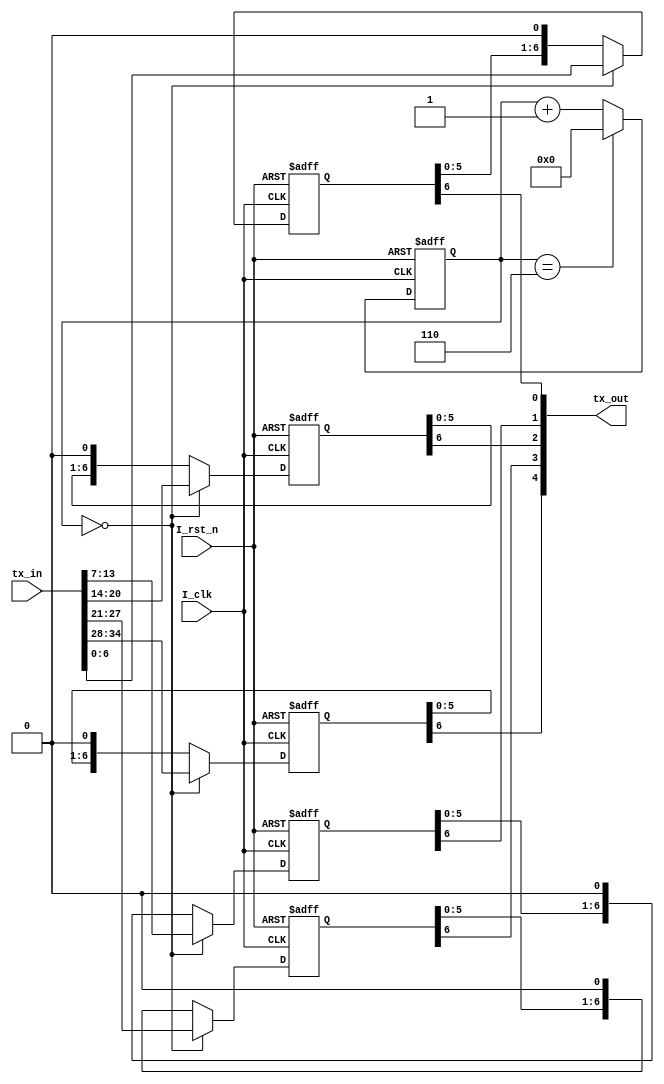
`timescale 1ns / 1ps
//////////////////////////////////////////////////////////////////////////////////
// Company: 
// Engineer: 
// 
// Design Name: 
// Module Name: camlink_tx
// Project Name: 
// Target Devices: 
// Tool Versions: 
// Description: 
// 
// Dependencies: 
// 
// Revision:
// Revision 0.01 - File Created
// Additional Comments:
// 
//////////////////////////////////////////////////////////////////////////////////
// camlink_tx(
	// I_clk,
	// I_clk_data,
	// I_rst_n,
	
	// tx_in,
	// tx_out
// );

// input I_clk;
// input I_clk_data;
// input I_rst_n;

// input [34:0] tx_in;
// output [4:0] tx_out;


// assign tx_out[4] = tx_p4 ^ tx_n4;
// assign tx_out[3] = tx_p3 ^ tx_n3;
// assign tx_out[2] = tx_p2 ^ tx_n2;
// assign tx_out[1] = tx_p1 ^ tx_n1;
// assign tx_out[0] = tx_p0 ^ tx_n0;

// reg [3:0] cnt_p;
// reg [3:0] cnt_n;

// reg tx_p0;
// reg tx_p1;
// reg tx_p2;
// reg tx_p3;
// reg tx_p4;
// reg tx_n0;
// reg tx_n1;
// reg tx_n2;
// reg tx_n3;
// reg tx_n4;

// reg [34:0] reg_txin;
// reg [34:0] reg_txin_p;
// reg [34:0] reg_txin_n;

// always@(posedge I_clk or negedge I_rst_n)begin
	// if(!I_rst_n) begin
		// cnt_p <= 4'd0;
	// end
	// else begin
		// if(cnt_p == 4'd6) cnt_p <= 4'd0;
		// else cnt_p <= cnt_p + 1;
	// end
// end

// always@(negedge I_clk or negedge I_rst_n)begin
	// if(!I_rst_n) begin
		// cnt_n <= 4'd0;
	// end
	// else begin
		// if(cnt_n == 4'd6) cnt_n <= 4'd0;
		// else cnt_n <= cnt_n + 1;
	// end
// end

// always@(posedge I_clk_data or negedge I_rst_n)begin
	// if(!I_rst_n) begin
		// reg_txin <= 35'd0;
	// end
	// else begin
		// reg_txin <= tx_in;
	// end
// end

// always@(posedge I_clk or negedge I_rst_n)begin
	// if(!I_rst_n) begin
		// tx_p4 <= 1'b0;
		// tx_p3 <= 1'b0;
		// tx_p2 <= 1'b0;
		// tx_p1 <= 1'b0;
		// tx_p0 <= 1'b0;
		// reg_txin_n <= 35'd0;
	// end
	// else begin
		// case(cnt_p)
			// 0:begin
				// tx_p4<= reg_txin_p[34] ^ tx_n4;
				// tx_p3 <= reg_txin_p[27] ^ tx_n3;
				// tx_p2 <= reg_txin_p[20] ^ tx_n2;
				// tx_p1 <= reg_txin_p[13] ^ tx_n1;
				// tx_p0 <= reg_txin_p[6] ^ tx_n0;
			// end
			// 1:begin
				// tx_p4<= reg_txin_p[32] ^ tx_n4;
				// tx_p3 <= reg_txin_p[25] ^ tx_n3;
				// tx_p2 <= reg_txin_p[18] ^ tx_n2;
				// tx_p1 <= reg_txin_p[11] ^ tx_n1;
				// tx_p0 <= reg_txin_p[4] ^ tx_n0;
				// reg_txin_n <= reg_txin;
			// end
			// 2:begin
				// tx_p4<= reg_txin_p[30] ^ tx_n4;
				// tx_p3 <= reg_txin_p[23] ^ tx_n3;
				// tx_p2 <= reg_txin_p[16] ^ tx_n2;
				// tx_p1 <= reg_txin_p[9] ^ tx_n1;
				// tx_p0 <= reg_txin_p[2] ^ tx_n0;
			// end
			// 3:begin
				// tx_p4<= reg_txin_p[28] ^ tx_n4;
				// tx_p3 <= reg_txin_p[21] ^ tx_n3;
				// tx_p2 <= reg_txin_p[14] ^ tx_n2;
				// tx_p1 <= reg_txin_p[7] ^ tx_n1;
				// tx_p0 <= reg_txin_p[0] ^ tx_n0;
				
			// end
			// 4:begin
				// tx_p4<= reg_txin_n[33] ^ tx_n4;
				// tx_p3 <= reg_txin_n[26] ^ tx_n3;
				// tx_p2 <= reg_txin_n[19] ^ tx_n2;
				// tx_p1 <= reg_txin_n[12] ^ tx_n1;
				// tx_p0 <= reg_txin_n[5] ^ tx_n0;
			// end
			// 5:begin
				// tx_p4<= reg_txin_n[31] ^ tx_n4;
				// tx_p3 <= reg_txin_n[24] ^ tx_n3;
				// tx_p2 <= reg_txin_n[17] ^ tx_n2;
				// tx_p1 <= reg_txin_n[10] ^ tx_n1;
				// tx_p0 <= reg_txin_n[3] ^ tx_n0;
			// end
			// 6:begin
				// tx_p4<= reg_txin_n[29] ^ tx_n4;
				// tx_p3 <= reg_txin_n[22] ^ tx_n3;
				// tx_p2 <= reg_txin_n[15] ^ tx_n2;
				// tx_p1 <= reg_txin_n[8] ^ tx_n1;
				// tx_p0 <= reg_txin_n[1] ^ tx_n0;
			// end
			// default:;
		// endcase
	// end
// end

// always@(negedge I_clk or negedge I_rst_n)begin
	// if(!I_rst_n) begin
		// tx_n4 <= 1'b0;
		// tx_n3 <= 1'b0;
		// tx_n2 <= 1'b0;
		// tx_n1 <= 1'b0;
		// tx_n0 <= 1'b0;
		// reg_txin_p <= 35'd0;
	// end
	// else begin
		// case(cnt_n)
			// 0:begin
				// tx_n4<= reg_txin_p[33] ^ tx_p4;
				// tx_n3 <= reg_txin_p[26] ^ tx_p3;
				// tx_n2 <= reg_txin_p[19] ^ tx_p2;
				// tx_n1 <= reg_txin_p[12] ^ tx_p1;
				// tx_n0 <= reg_txin_p[5] ^ tx_p0;
			// end
			// 1:begin
				// tx_n4<= reg_txin_p[31] ^ tx_p4;
				// tx_n3 <= reg_txin_p[24] ^ tx_p3;
				// tx_n2 <= reg_txin_p[17] ^ tx_p2;
				// tx_n1 <= reg_txin_p[10] ^ tx_p1;
				// tx_n0 <= reg_txin_p[3] ^ tx_p0;
			// end
			// 2:begin
				// tx_n4<= reg_txin_p[29] ^ tx_p4;
				// tx_n3 <= reg_txin_p[22] ^ tx_p3;
				// tx_n2 <= reg_txin_p[15] ^ tx_p2;
				// tx_n1 <= reg_txin_p[8] ^ tx_p1;
				// tx_n0 <= reg_txin_p[1] ^ tx_p0;
			// end
			// 3:begin
				// tx_n4<= reg_txin_n[34] ^ tx_p4;
				// tx_n3 <= reg_txin_n[27] ^ tx_p3;
				// tx_n2 <= reg_txin_n[20] ^ tx_p2;
				// tx_n1 <= reg_txin_n[13] ^ tx_p1;
				// tx_n0 <= reg_txin_n[6] ^ tx_p0;
			// end
			// 4:begin
				// tx_n4<= reg_txin_n[32] ^ tx_p4;
				// tx_n3 <= reg_txin_n[25] ^ tx_p3;
				// tx_n2 <= reg_txin_n[18] ^ tx_p2;
				// tx_n1 <= reg_txin_n[11] ^ tx_p1;
				// tx_n0 <= reg_txin_n[4] ^ tx_p0;
				// reg_txin_p <= reg_txin;
			// end
			// 5:begin
				// tx_n4<= reg_txin_n[30] ^ tx_p4;
				// tx_n3 <= reg_txin_n[23] ^ tx_p3;
				// tx_n2 <= reg_txin_n[16] ^ tx_p2;
				// tx_n1 <= reg_txin_n[9] ^ tx_p1;
				// tx_n0 <= reg_txin_n[2] ^ tx_p0;
			// end
			// 6:begin
				// tx_n4<= reg_txin_n[28] ^ tx_p4;
				// tx_n3 <= reg_txin_n[21] ^ tx_p3;
				// tx_n2 <= reg_txin_n[14] ^ tx_p2;
				// tx_n1 <= reg_txin_n[7] ^ tx_p1;
				// tx_n0 <= reg_txin_n[0] ^ tx_p0;
			// end
			// default:;
		// endcase
	// end
// end

// endmodule






//---------------------------------------------------------------------
//---------------------------------------------------------------------
//---------------------------------------------------------------------

module camlink_tx(
	I_clk,
	I_rst_n,
	
	tx_in,
	tx_out
);

input I_clk;
input I_rst_n;

input [34:0] tx_in;
output [4:0] tx_out;

reg [3:0] cnt;
reg [6:0] reg_data0;
reg [6:0] reg_data1;
reg [6:0] reg_data2;
reg [6:0] reg_data3;
reg [6:0] reg_clk;

always@(posedge I_clk or negedge I_rst_n)begin
	if(!I_rst_n) begin
		cnt <= 4'd0;
	end
	else begin
		if(cnt == 4'd6) cnt <= 4'd0;
		else cnt <= cnt + 1;
	end
end

always@(posedge I_clk or negedge I_rst_n)begin
	if(!I_rst_n) begin
		reg_data3 <= 7'd0;
		reg_data2 <= 7'd0;
		reg_data1 <= 7'd0;
		reg_data0 <= 7'd0;
		reg_clk <= 7'd0;
	end
	else begin
		case(cnt)
			0:begin
				reg_data3 <= tx_in[34:28];
				reg_data2 <= tx_in[27:21];
				reg_data1 <= tx_in[20:14];
				reg_data0 <= tx_in[13:7];
				reg_clk <= tx_in[6:0];
			end
			default:begin
				reg_data3 <= {reg_data3[5:0],1'b0};
				reg_data2 <= {reg_data2[5:0],1'b0};
				reg_data1 <= {reg_data1[5:0],1'b0};
				reg_data0 <= {reg_data0[5:0],1'b0};
				reg_clk <= {reg_clk[5:0],1'b0};
			end
		endcase
	end
end

assign tx_out[4] = reg_data3[6];
assign tx_out[3] = reg_data2[6];
assign tx_out[2] = reg_data1[6];
assign tx_out[1] = reg_data0[6];
assign tx_out[0] = reg_clk[6];

endmodule